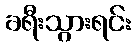
ခရီးသွားရင်း